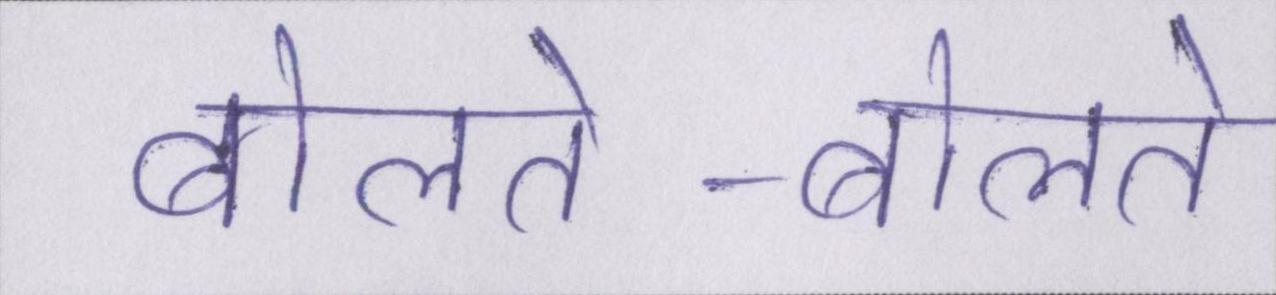
बोलते-बोलते